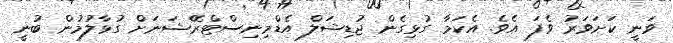
ވަނީ ކަށަވަރު ވެފަ އެވެ. އެކަމާ ގުޅިގެން ޖުޑިޝަލް އެޑްމިނިސްޓްރޭޝަނަށް ގުޅާލުމުން ބުނީ